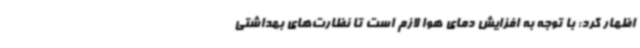
اظهار کرد: با توجه به افزایش دمای هوا‌ لازم است تا نظارت‌های بهداشتی